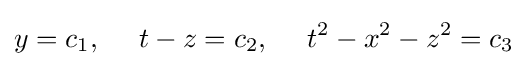
y=c_{1},~~~~t-z=c_{2},~~~~t^{2}-x^{2}-z^{2}=c_{3}